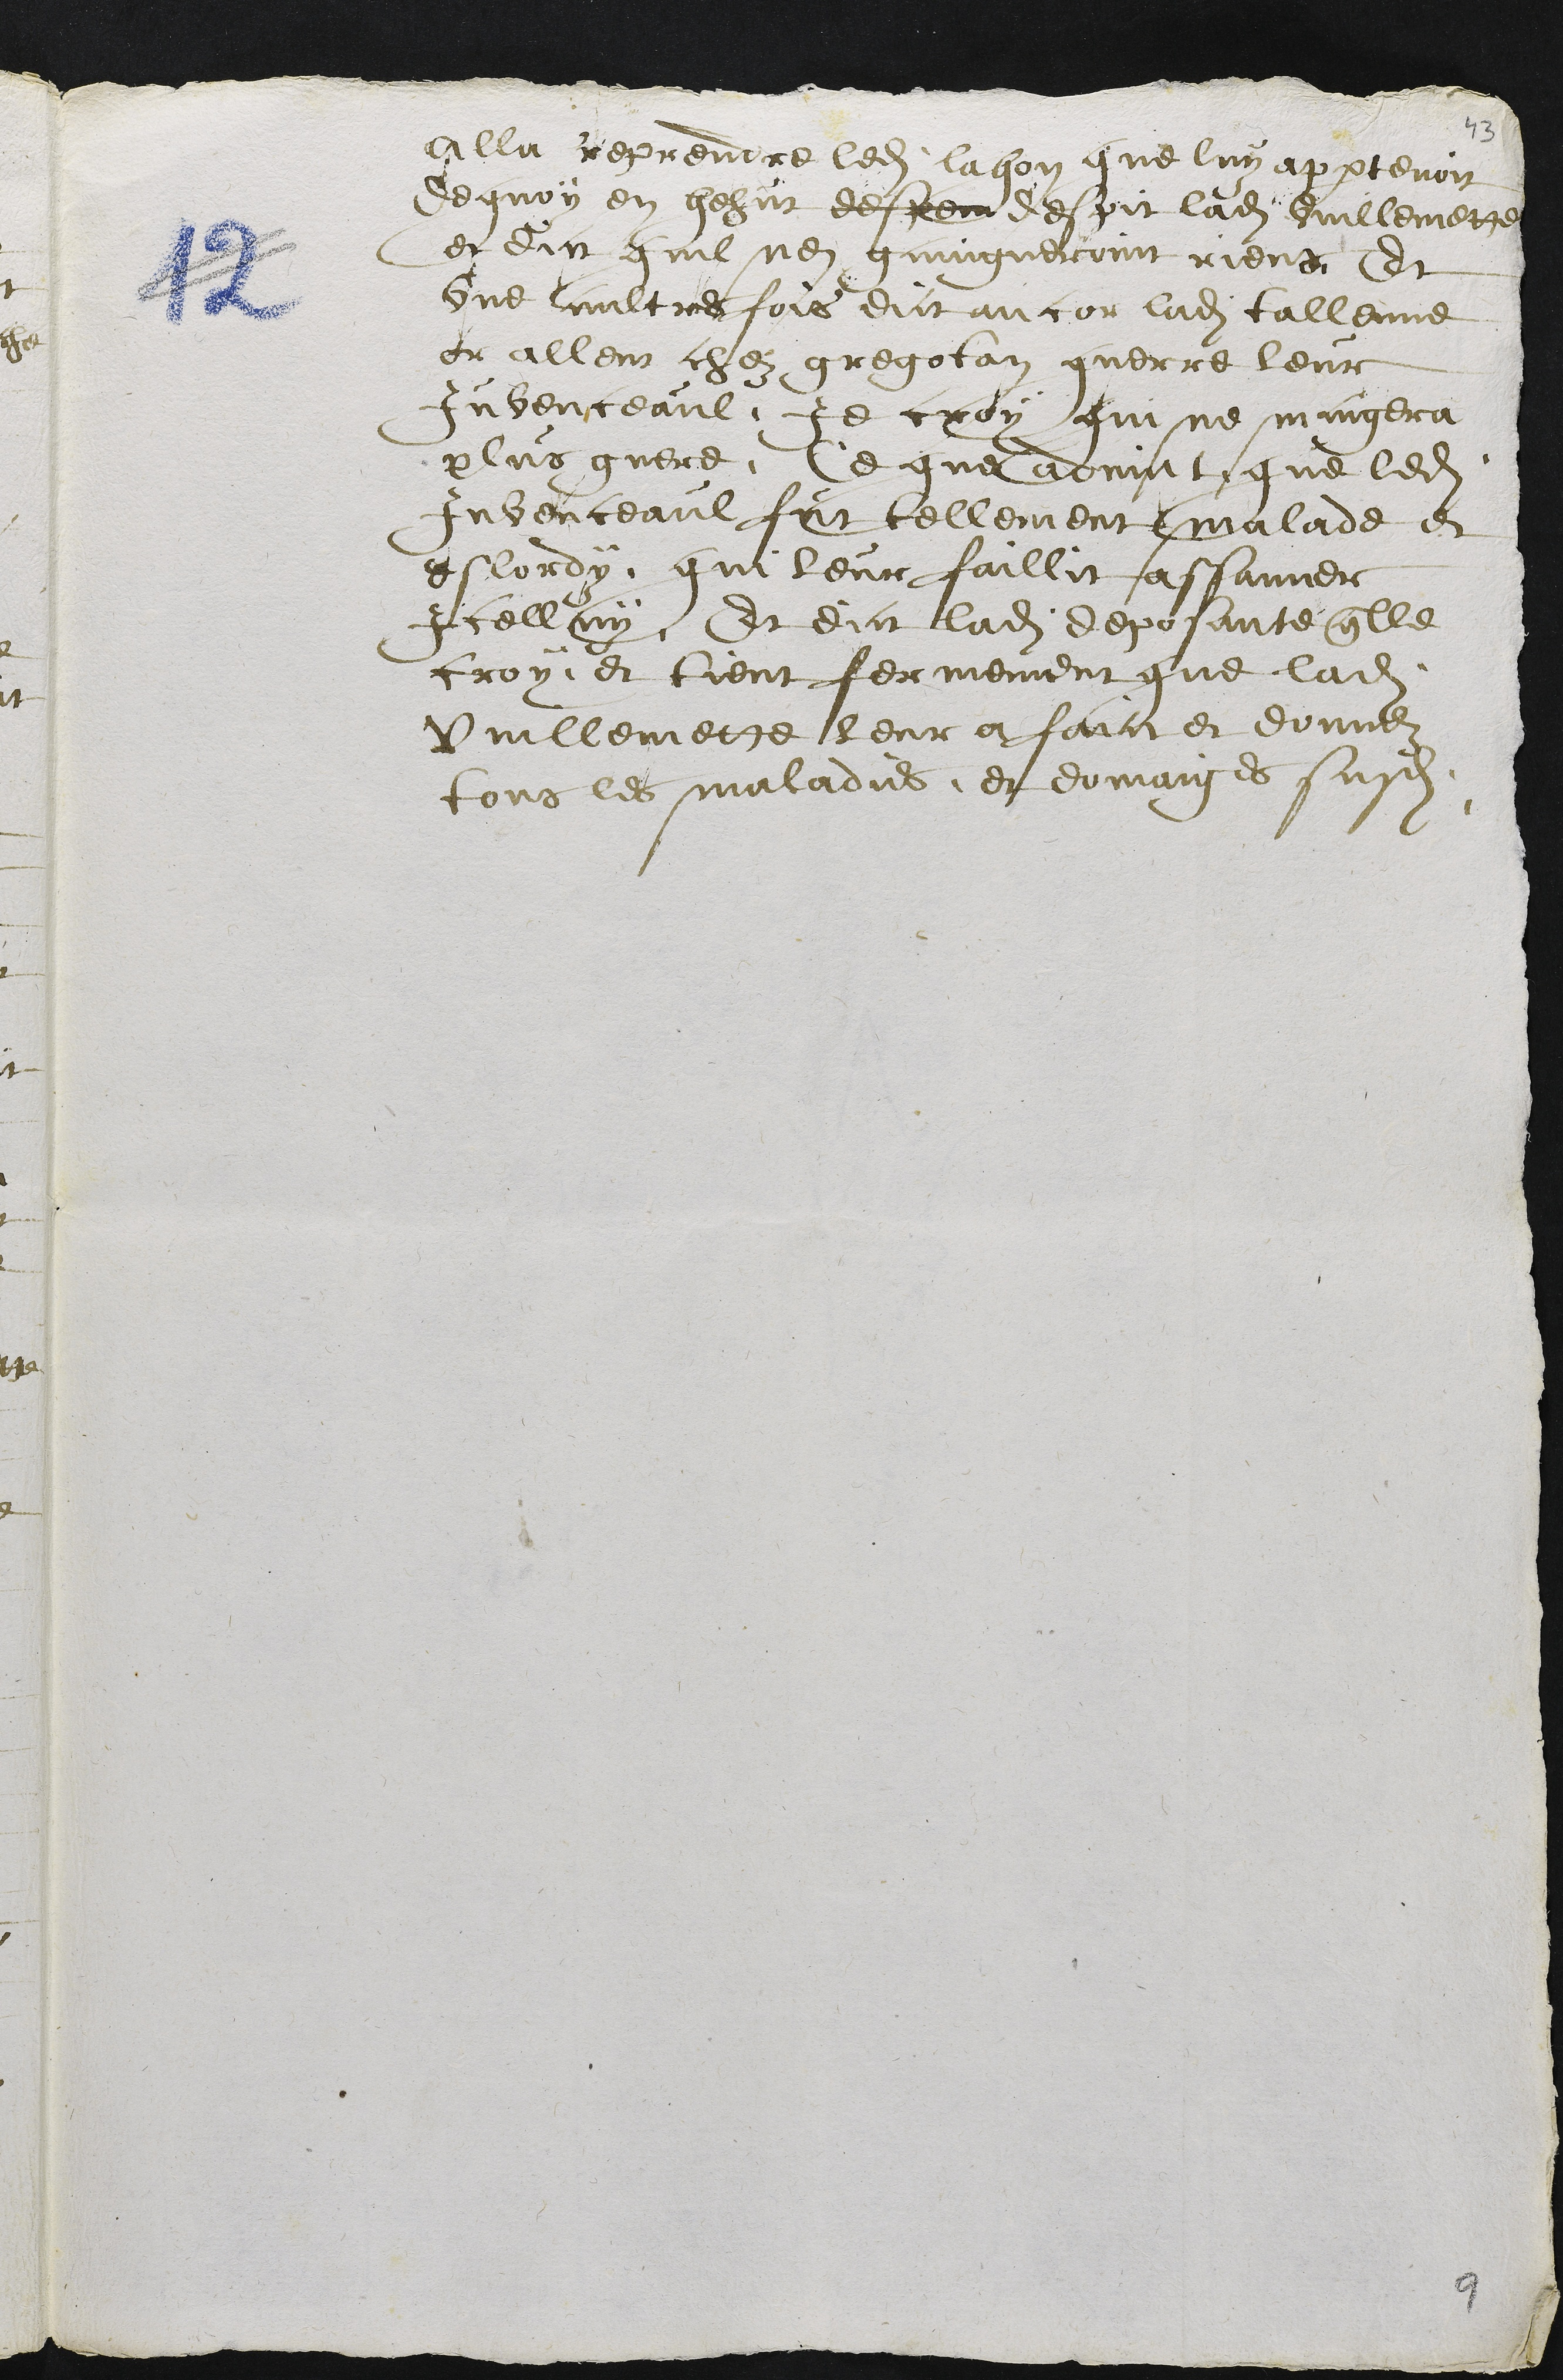
alla reprendre ledit lahon que luy appartenoit
dequoy en hehut despent despit ladite Vuillemette
et dict quil nen gaingneroint riens Et
une aultres fois dict ancor ladite tallenne
er allent chez gregoton querre leur
Juvenceaul, Je croy qui ne mangera
plus guere, Ce que advint que ledit
Juvenceaul fut tellement malade et
eslordy que leur faillit assanner
Icelluy, Et dict ladite deposante quelle
croy et tient fermement que ladite
Vuillemette leur a faict et donnez
tous les maladies et domaiges susdits.